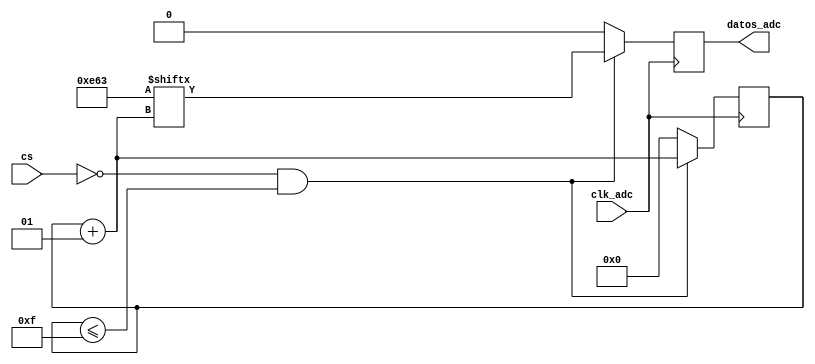
// ADC Reader
// Simula un conversor ADC MCP3201
// Kamilla Peixoto 21/01/2023

module simulador_adc
#(parameter  datos_bits = 12, total_bits = 15)
(
	input clk_adc, cs, 
	output reg datos_adc
);

	
	integer contador;
	reg [total_bits-1:0] full_data;
		
	initial
	begin
		contador    = 0;	
		full_data = 15'b000111001100011; // total_bits = 15
		// xxxdata[11:0]
	end // initial


	always @ (negedge clk_adc) // La hoja de datos del ADC dijo que los datos son enviados el la falling edge
	begin
		if ((cs == 1'b0)&&(contador<=total_bits))
		begin
				contador = contador + 1; //Conta los datos recibidos
				
			//	if (contador >= 2) // Espera 2 bits para empezar a enviar los datos
			//	begin
				 	datos_adc<= full_data[contador];
				//	datos_adc<=1;
			//	end
		end // if ((cs == 1'b0) &&(contador<total_bits))
		else
		begin
			contador    = 0;	
			datos_adc<=0;
		end
	end // always @ (posedge clk_adc)


endmodule